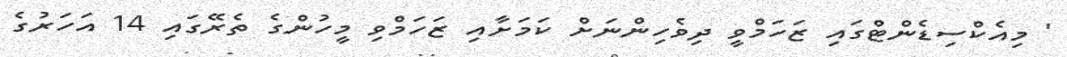
' މިއެކްސިޑެންޓްގައި ޒަހަމްވީ ދިވެހިންނަށް ކަމަށާއި ޒަހަމްވި މީހުންގެ ތެރޭގައި 14 އަހަރުގެ